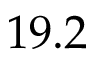
1 9 . 2